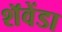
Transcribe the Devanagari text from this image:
शॅवेंडा